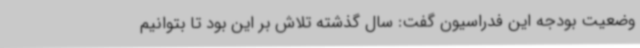
وضعیت بودجه این فدراسیون گفت: سال گذشته تلاش بر این بود تا بتوانیم